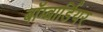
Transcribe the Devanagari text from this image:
बॉम्बार्डियर